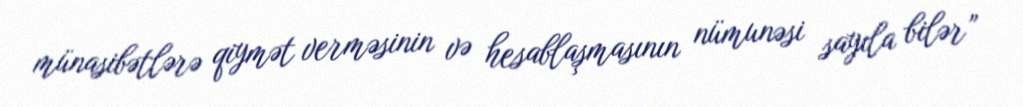
münasibətlərə qiymət verməsinin və hesablaşmasının nümunəsi sayıla bilər”